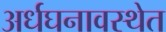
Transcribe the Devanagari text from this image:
अर्धघनावस्थेत